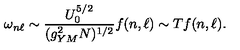
\omega _ { n \ell } \sim { \frac { U _ { 0 } ^ { 5 / 2 } } { ( g _ { Y M } ^ { 2 } N ) ^ { 1 / 2 } } } f ( n , \ell ) \sim T f ( n , \ell ) .